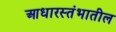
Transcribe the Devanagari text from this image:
आधारस्तंभातील